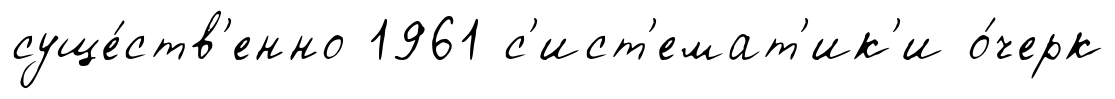
суще́ств'енно 1961 с'ист'емат'ик'и о́черк